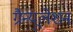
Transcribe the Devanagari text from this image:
ग्रैन्यूलेशन